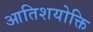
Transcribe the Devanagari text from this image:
आतिशयोक्ति